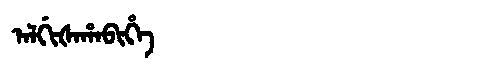
Manchu: ᠠᠯᡤᡳᡧᠠᡥᠠᠪᡳᡥᡝ
Romanization: ALGIŠAHABIHE